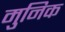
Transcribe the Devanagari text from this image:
मुनिक